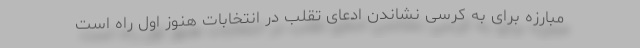
مبارزه برای به کرسی نشاندن ادعای تقلب در انتخابات هنوز اول راه است